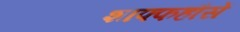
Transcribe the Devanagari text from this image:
शाफ्फहौसें